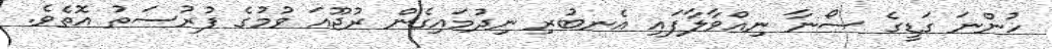
ހުންނަ ގަޑީގެ ސޯނާ ނިއްވާލާފައި އެނބުރި ނިދުމައިގެން ރުޖޫއަ ވުމުގެ ފުރުސަތު އޮތެވެ.